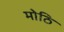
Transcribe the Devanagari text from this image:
मोठि